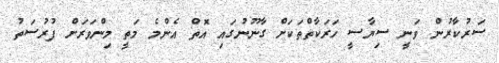
ސަރުކާރުން ވަނީ ސިޔާސީ ހަރަކާތްތަކަށް ގާނޫނުގައި އޮތް އެންމެ މަތީ މިންވަރަށް ފުރުސަތު